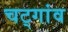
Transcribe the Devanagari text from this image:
चट्गांव